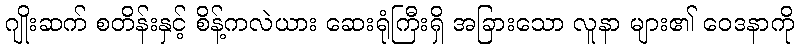
ဂျိုးဆက် စတိန်းနှင့် စိန့်ကလဲယား ဆေးရုံကြီးရှိ အခြားသော လူနာ များ၏ ဝေဒနာကို